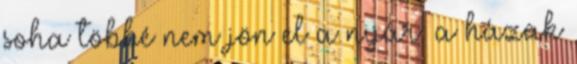
soha többé nem jön el a nyár. a házak